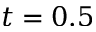
t = 0 . 5